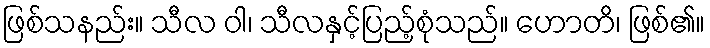
ဖြစ်သနည်း။ သီလ ဝါ၊ သီလနှင့်ပြည့်စုံသည်။ ဟောတိ၊ ဖြစ်၏။